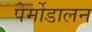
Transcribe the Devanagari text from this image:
पेर्मोडालन